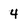
Character: 4